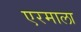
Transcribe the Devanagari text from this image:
एरमाला